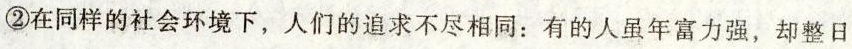
②在同样的社会环境下，人们的追求不尽相同：有的人虽年富力强，却整日